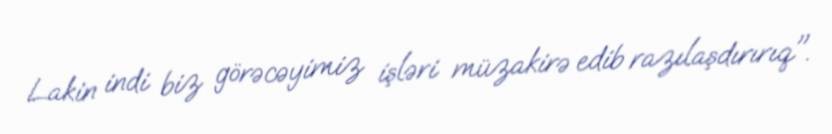
Lakin indi biz görəcəyimiz işləri müzakirə edib razılaşdırırıq".